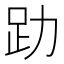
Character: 𧾼